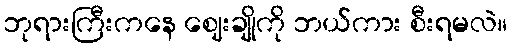
ဘုရားကြီးကနေ ဈေးချိုကို ဘယ်ကား စီးရမလဲ။